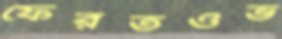
ফেরতওভ